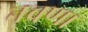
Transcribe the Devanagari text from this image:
नचणा